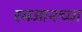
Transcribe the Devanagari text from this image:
रमजानच्या